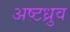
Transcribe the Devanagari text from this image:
अष्टध्रुव